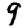
Digit: 9